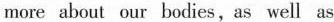
more about our bodies, as well as